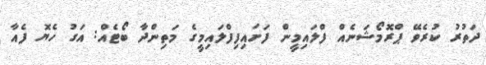
ދަތުރު ކުރެވޭ ޕްރޮމޯޝަނެއް ފްލައިމީން ފަށައިފިފްލައިމީގެ މަތިންދާ ބޯޓެއް: އަގު ހެޔޮ ފެއާ